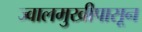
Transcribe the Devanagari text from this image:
ज्वालमुखीपासून